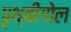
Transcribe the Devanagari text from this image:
पृथ्वीगोल